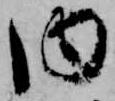
内